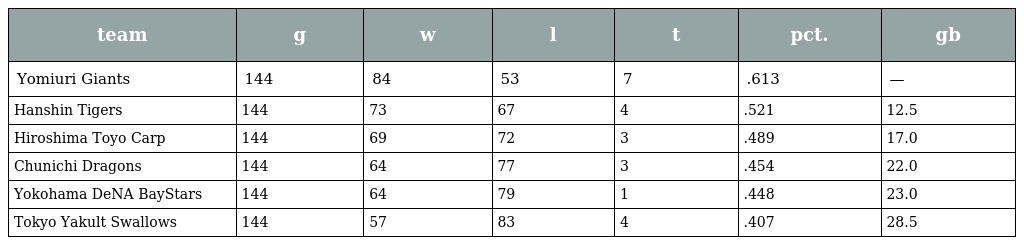
| team | g | w | l | t | pct. | gb |
 | --- | --- | --- | --- | --- | --- | --- |
 | Yomiuri Giants | 144 | 84 | 53 | 7 | .613 | — |
 | Hanshin Tigers | 144 | 73 | 67 | 4 | .521 | 12.5 |
 | Hiroshima Toyo Carp | 144 | 69 | 72 | 3 | .489 | 17.0 |
 | Chunichi Dragons | 144 | 64 | 77 | 3 | .454 | 22.0 |
 | Yokohama DeNA BayStars | 144 | 64 | 79 | 1 | .448 | 23.0 |
 | Tokyo Yakult Swallows | 144 | 57 | 83 | 4 | .407 | 28.5 |